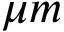
\mu m